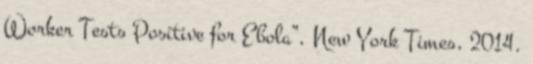
Worker Tests Positive for Ebola”, New York Times, 2014.